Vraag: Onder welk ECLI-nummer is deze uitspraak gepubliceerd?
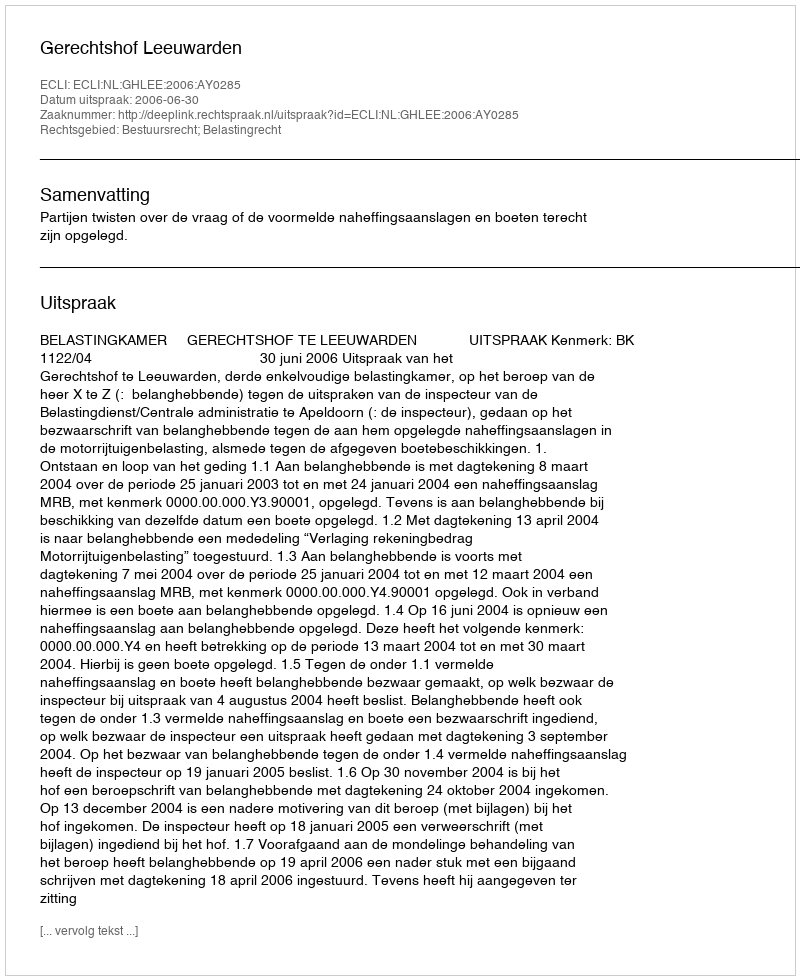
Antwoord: ECLI:NL:GHLEE:2006:AY0285